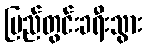
ပြည်တွင်းခရီးသွား